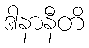
ဒါနာနီတိ